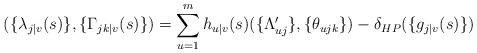
LaTeX: \begin{align*}(\{\lambda_{j|v}(s)\},\{\Gamma_{jk|v}(s)\})=\sum_{u=1}^m h_{u|v}(s)(\{\Lambda_{uj}'\},\{\theta_{ujk}\})-\delta_{HP}(\{g_{j|v}(s)\})\end{align*}